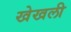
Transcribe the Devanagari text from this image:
खेखली